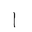
Letter: _alif